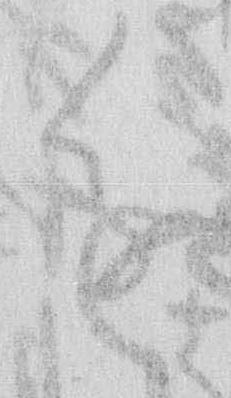
進